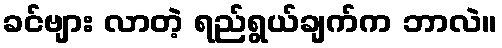
ခင်ဗျား လာတဲ့ ရည်ရွယ်ချက်က ဘာလဲ။